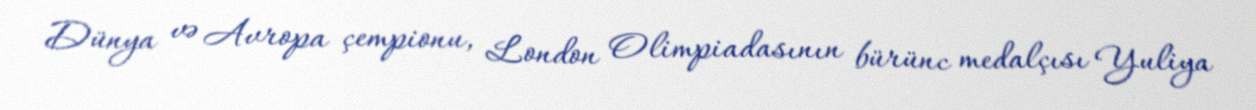
Dünya və Avropa çempionu, London Olimpiadasının bürünc medalçısı Yuliya